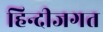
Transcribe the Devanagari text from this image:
हिन्दीजगत